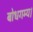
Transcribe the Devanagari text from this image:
बोधगम्य।